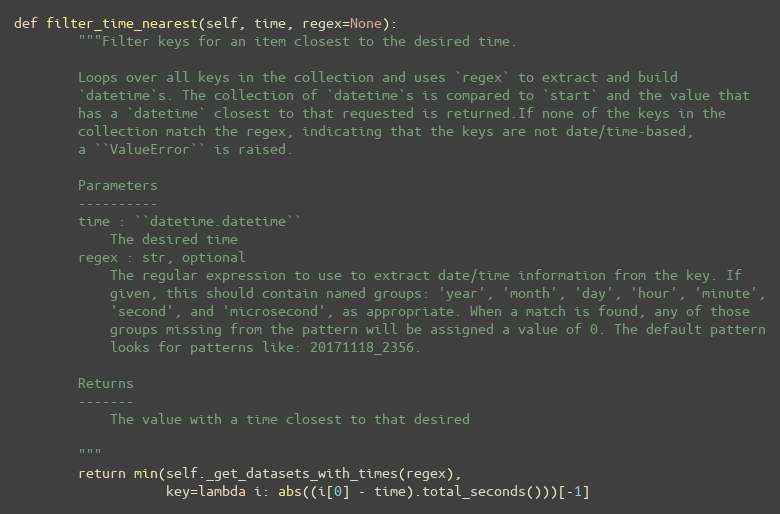
Language: Python
def filter_time_nearest(self, time, regex=None):
        """Filter keys for an item closest to the desired time.

        Loops over all keys in the collection and uses `regex` to extract and build
        `datetime`s. The collection of `datetime`s is compared to `start` and the value that
        has a `datetime` closest to that requested is returned.If none of the keys in the
        collection match the regex, indicating that the keys are not date/time-based,
        a ``ValueError`` is raised.

        Parameters
        ----------
        time : ``datetime.datetime``
            The desired time
        regex : str, optional
            The regular expression to use to extract date/time information from the key. If
            given, this should contain named groups: 'year', 'month', 'day', 'hour', 'minute',
            'second', and 'microsecond', as appropriate. When a match is found, any of those
            groups missing from the pattern will be assigned a value of 0. The default pattern
            looks for patterns like: 20171118_2356.

        Returns
        -------
            The value with a time closest to that desired

        """
        return min(self._get_datasets_with_times(regex),
                   key=lambda i: abs((i[0] - time).total_seconds()))[-1]